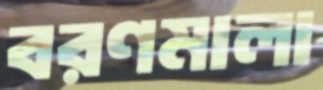
বরণমালা